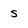
Character: s